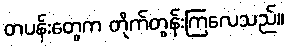
တပန်းတွေက တိုက်တွန်းကြလေသည်။